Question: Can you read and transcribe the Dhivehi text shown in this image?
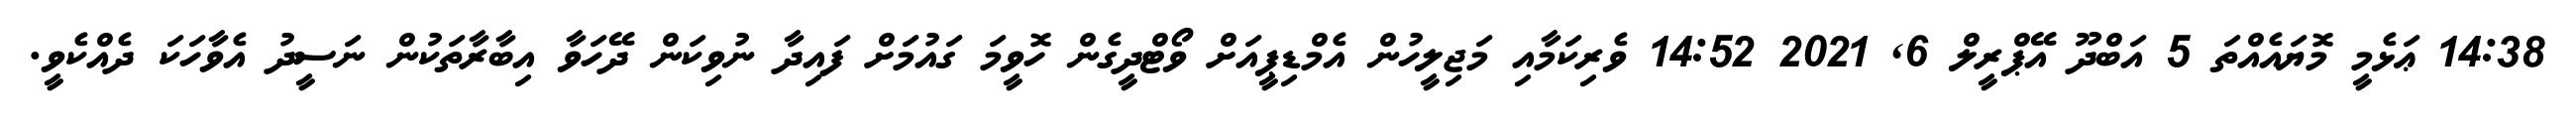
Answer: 14:38 ޢަޅެމީ މޮޔައެއްތަ 5 އަބްދޫ އޭޕްރީލް 6, 2021 14:52 ވެރިކަމާއި މަޖިލީހުން އެމްޑިޕީއަށް ވޯޓްދީގެން ހޮވީމަ ގައުމަށް ފައިދާ ނުވިކަން ދޭހަވާ އިބާރާތަކުން ނަސީދު އެވާހަކަ ދެއްކެވީ.